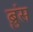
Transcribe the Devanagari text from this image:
ब्रुंस